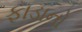
ફાડાનો